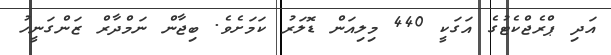
އަދި ޕްރެޖްކެޓުގެ އަގަކީ 440 މިލިއަން ޑޮލަރު ކަމަށެވެ. ބިޖާން ނަމްދާރް ޒަންގަނީހު